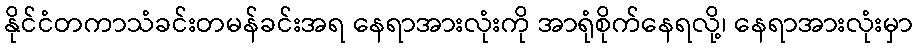
နိုင်ငံတကာသံခင်းတမန်ခင်းအရ နေရာအားလုံးကို အာရုံစိုက်နေရလို့၊ နေရာအားလုံးမှာ